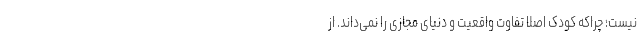
نیست؛ چراکه کودک اصلاً تفاوت واقعیت و دنیای مجازی را نمی‌داند. از